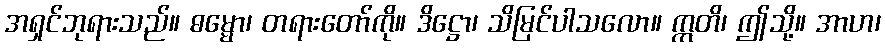
အရှင်ဘုရားသည်။ ဓမ္မော၊ တရားတော်ကို။ ဒိဋ္ဌော၊ သိမြင်ပါသလော။ ဣတိ၊ ဤသို့။ အာဟ၊